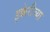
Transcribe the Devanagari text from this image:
इक्केरीच्या